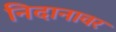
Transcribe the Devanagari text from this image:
निदानावर